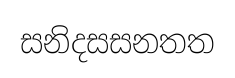
සනිදසසනතත